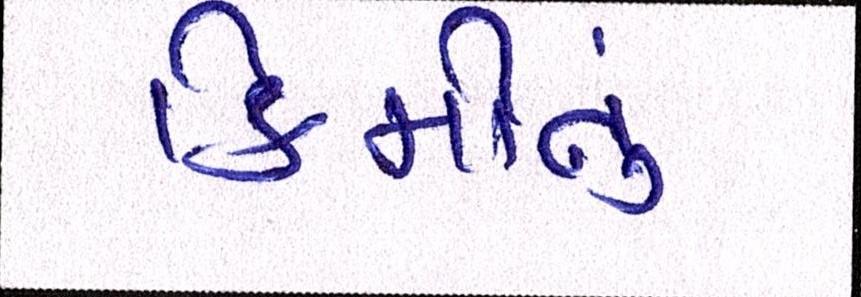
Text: કિમીનું